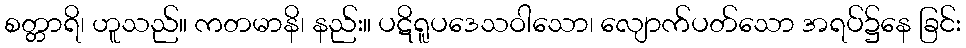
စတ္တာရိ၊ ဟူသည်။ ကတမာနိ၊ နည်း။ ပဋိရူပဒေသဝါသော၊ လျောက်ပတ်သော အရပ်၌နေ ခြင်း